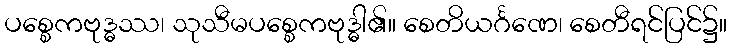
ပစ္စေကဗုဒ္ဓဿ၊ သုသီမပစ္စေကဗုဒ္ဓါ၏။ စေတိယင်္ဂဏေ၊ စေတီရင်ပြင်၌။